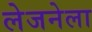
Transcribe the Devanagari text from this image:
लेजनेला